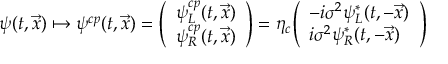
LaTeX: \psi ( t , { \vec { x } } ) \mapsto \psi ^ { c p } ( t , { \vec { x } } ) = { \left( \begin{array} { l } { \psi _ { L } ^ { c p } ( t , { \vec { x } } ) } \\ { \psi _ { R } ^ { c p } ( t , { \vec { x } } ) } \end{array} \right) } = \eta _ { c } { \left( \begin{array} { l } { - i \sigma ^ { 2 } \psi _ { L } ^ { * } ( t , - { \vec { x } } ) } \\ { i \sigma ^ { 2 } \psi _ { R } ^ { * } ( t , - { \vec { x } } ) } \end{array} \right) }